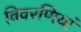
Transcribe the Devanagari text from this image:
विवरणियां